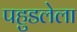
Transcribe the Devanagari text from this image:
पहुडलेला